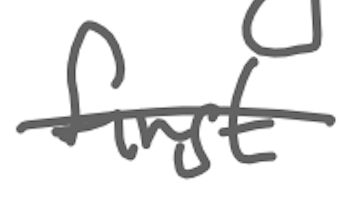
Text: first
Cross-out: single-line
Writing tool: digital_gray